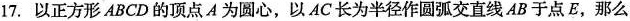
17.以正方形ABCD的顶点A为圆心，以AC长为半径作圆弧交直线AB于点E，那么